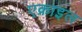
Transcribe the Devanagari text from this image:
एक्राइल